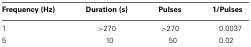
<table><thead><tr><td><b>Frequency (Hz)</b></td><td><b>Duration (s)</b></td><td><b>Pulses</b></td><td><b>1/Pulses</b></td></tr></thead><tbody><tr><td>1</td><td>&gt;270</td><td>&gt;270</td><td>0.0037</td></tr><tr><td>5</td><td>10</td><td>50</td><td>0.02</td></tr></tbody></table>